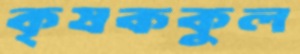
কৃষককুল